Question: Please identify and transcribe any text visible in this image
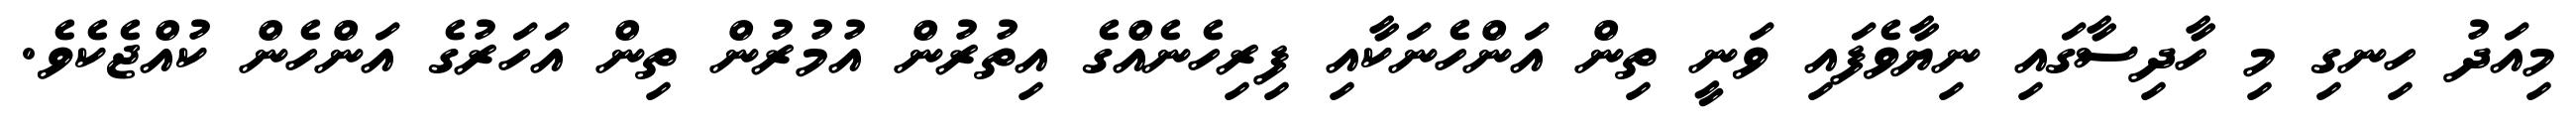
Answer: މިއަދު ހިނގި މި ހާދިސާގައި ނިޔާވެފައި ވަނީ ތިން އަންހެނަކާއި ފިރިހެނެއްގެ އިތުރުން އުމުރުން ތިން އަހަރުގެ އަންހެން ކުއްޖެކެވެ.